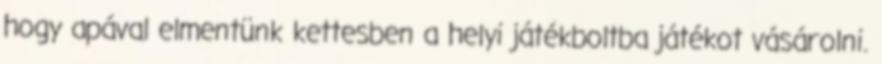
hogy apával elmentünk kettesben a helyi játékboltba játékot vásárolni.